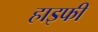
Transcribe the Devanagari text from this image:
हाइफी